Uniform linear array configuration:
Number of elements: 32
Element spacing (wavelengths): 0.5
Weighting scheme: uniform
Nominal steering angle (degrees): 60
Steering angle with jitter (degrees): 60.706
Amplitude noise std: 0.05
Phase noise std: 0.05

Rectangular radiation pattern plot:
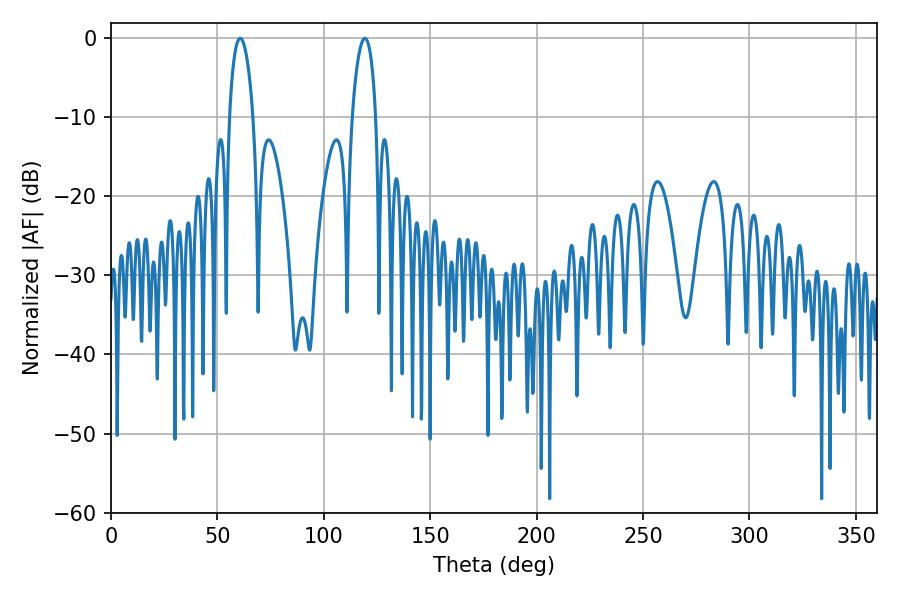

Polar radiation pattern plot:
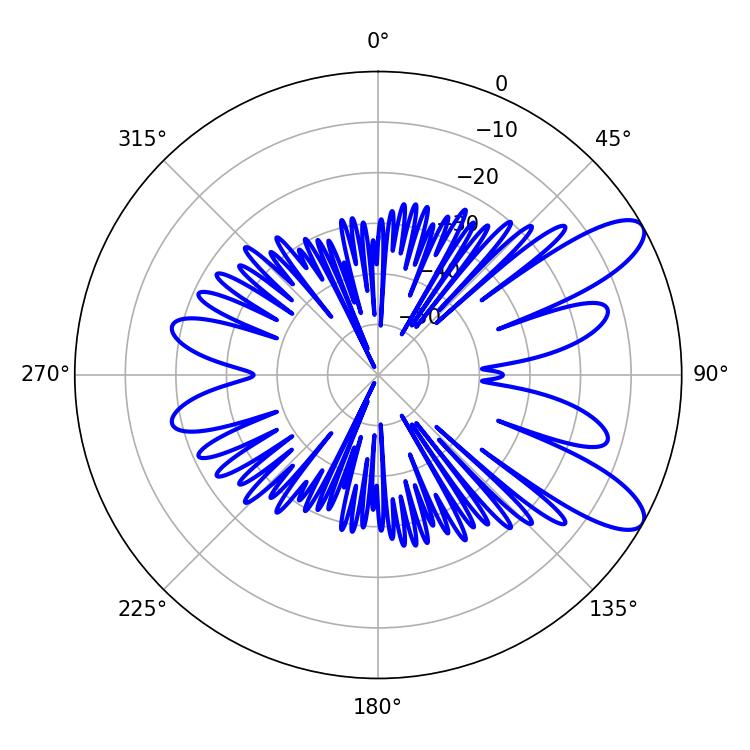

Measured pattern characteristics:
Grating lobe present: FALSE
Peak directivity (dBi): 9.69
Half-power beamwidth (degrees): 6.3
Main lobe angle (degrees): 60.66